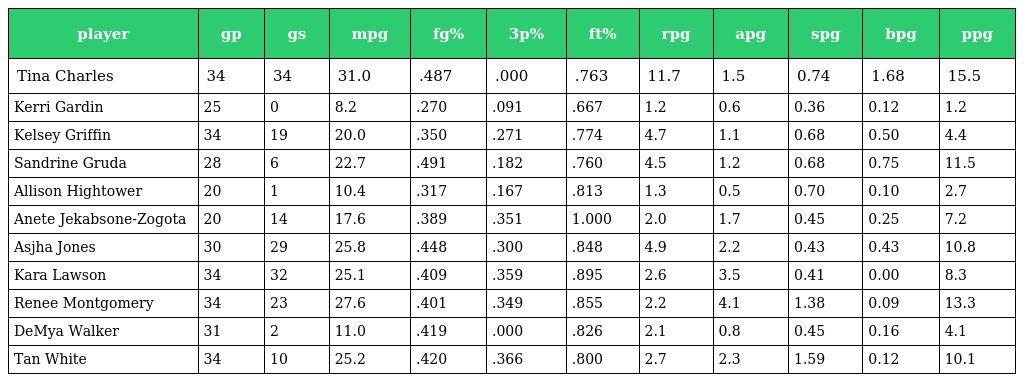
| player | gp | gs | mpg | fg% | 3p% | ft% | rpg | apg | spg | bpg | ppg |
 | --- | --- | --- | --- | --- | --- | --- | --- | --- | --- | --- | --- |
 | Tina Charles | 34 | 34 | 31.0 | .487 | .000 | .763 | 11.7 | 1.5 | 0.74 | 1.68 | 15.5 |
 | Kerri Gardin | 25 | 0 | 8.2 | .270 | .091 | .667 | 1.2 | 0.6 | 0.36 | 0.12 | 1.2 |
 | Kelsey Griffin | 34 | 19 | 20.0 | .350 | .271 | .774 | 4.7 | 1.1 | 0.68 | 0.50 | 4.4 |
 | Sandrine Gruda | 28 | 6 | 22.7 | .491 | .182 | .760 | 4.5 | 1.2 | 0.68 | 0.75 | 11.5 |
 | Allison Hightower | 20 | 1 | 10.4 | .317 | .167 | .813 | 1.3 | 0.5 | 0.70 | 0.10 | 2.7 |
 | Anete Jekabsone-Zogota | 20 | 14 | 17.6 | .389 | .351 | 1.000 | 2.0 | 1.7 | 0.45 | 0.25 | 7.2 |
 | Asjha Jones | 30 | 29 | 25.8 | .448 | .300 | .848 | 4.9 | 2.2 | 0.43 | 0.43 | 10.8 |
 | Kara Lawson | 34 | 32 | 25.1 | .409 | .359 | .895 | 2.6 | 3.5 | 0.41 | 0.00 | 8.3 |
 | Renee Montgomery | 34 | 23 | 27.6 | .401 | .349 | .855 | 2.2 | 4.1 | 1.38 | 0.09 | 13.3 |
 | DeMya Walker | 31 | 2 | 11.0 | .419 | .000 | .826 | 2.1 | 0.8 | 0.45 | 0.16 | 4.1 |
 | Tan White | 34 | 10 | 25.2 | .420 | .366 | .800 | 2.7 | 2.3 | 1.59 | 0.12 | 10.1 |